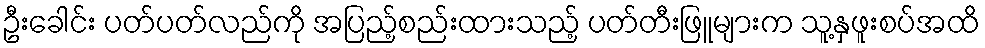
ဦးခေါင်း ပတ်ပတ်လည်ကို အပြည့်စည်းထားသည့် ပတ်တီးဖြူများက သူ့နှဖူးစပ်အထိ